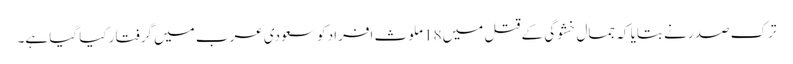
ترک صدر نے بتایا کہ جمال خشوگی کے قتل میں 18 ملوث افراد کو سعودی عرب میں گرفتار کیا گیا ہے۔